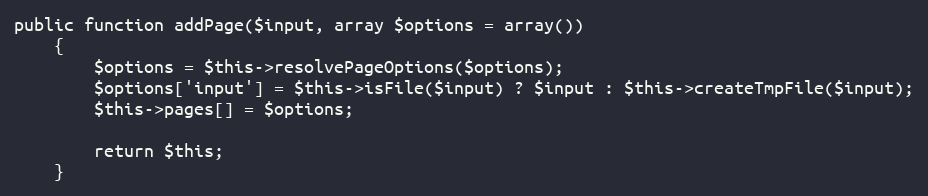
Language: PHP
public function addPage($input, array $options = array())
    {
        $options = $this->resolvePageOptions($options);
        $options['input'] = $this->isFile($input) ? $input : $this->createTmpFile($input);
        $this->pages[] = $options;

        return $this;
    }